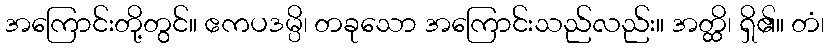
အကြောင်းတို့တွင်။ ဧကပဒမ္ပိ၊ တခုသော အကြောင်းသည်လည်း။ အတ္ထိ၊ ရှိ၏။ တံ၊